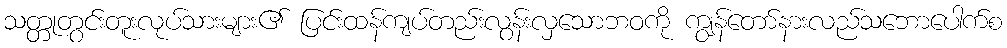
သတ္တုတွင်းတူးလုပ်သားများ၏ ပြင်းထန်ကျပ်တည်းလွန်းလှသောဘဝကို ကျွန်တော်နားလည်သဘောပေါက်စ